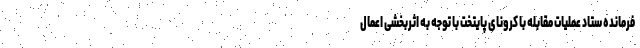
فرمانده ستاد عملیات مقابله با کرونای پایتخت با توجه به اثربخشی اعمال